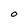
Character: O